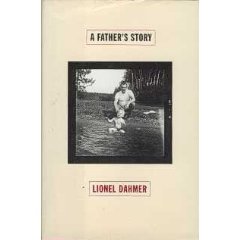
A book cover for A Father's Story; Lionel Dahmer; Biographies & Memoirs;